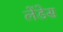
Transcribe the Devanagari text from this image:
लेंडेस